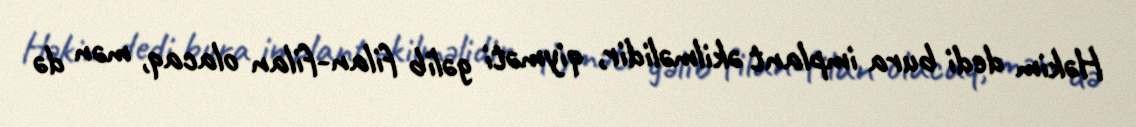
Həkim dedi bura implant əkilməlidir, qiyməti gəlib filan-filan olacaq, mən də